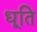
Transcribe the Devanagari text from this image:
धूति